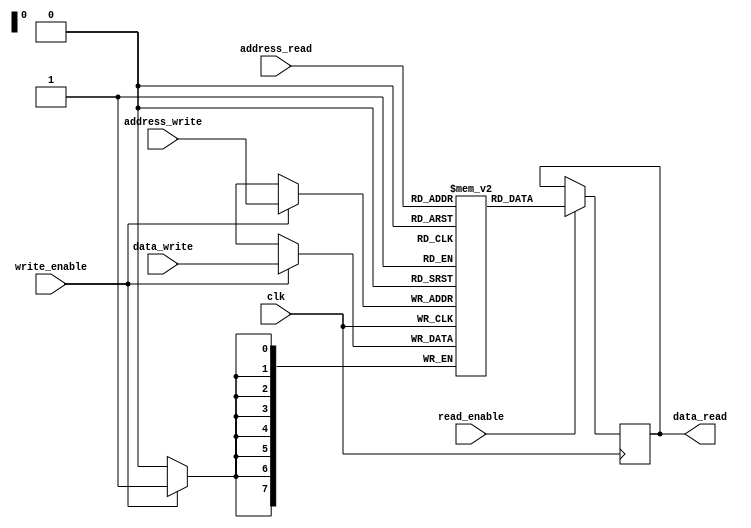
module dual_port_ram (
    input wire clk,
    input wire [7:0] address_write,
    input wire [7:0] data_write,
    input wire write_enable,
    output reg [7:0] data_read,
    input wire [7:0] address_read,
    input wire read_enable
);

reg [7:0] memory [0:255];

always @ (posedge clk) begin
    if(write_enable) begin
        memory[address_write] <= data_write;
    end
    if(read_enable) begin
        data_read <= memory[address_read];
    end
end

endmodule